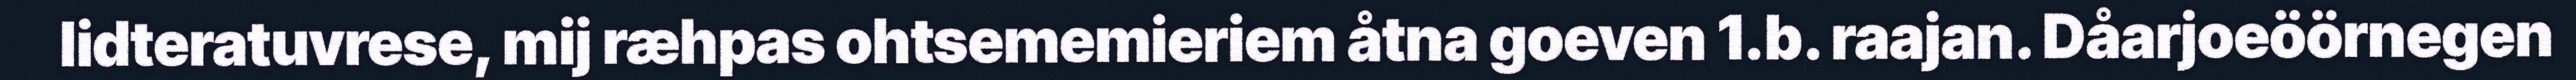
lidteratuvrese, mij ræhpas ohtsememieriem åtna goeven 1.b. raajan. Dåarjoeöörnegen